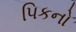
પિકનો